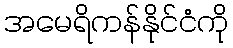
အမေရိကန်နိုင်ငံကို